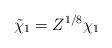
\begin{align*}\tilde \chi_1 = Z^{1/8} \chi_1\end{align*}